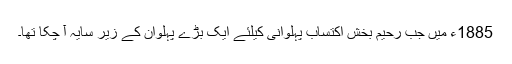
1885ء میں جب رحیم بخش اکتساب پہلوانی کیلئے ایک بڑے پہلوان کے زیر سایہ آ چکا تھا۔